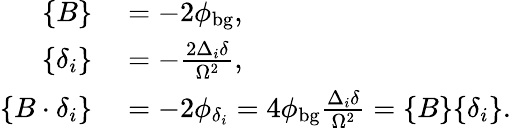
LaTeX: \begin{array}{rl}{\{ B\} }&{{}=-2\phi_{\mathrm{bg}},}\\ {\{ \delta_{i}\} }&{{}=-\frac{2\Delta_{i}\delta}{\Omega^{2}},}\\ {\{ B\cdot\delta_{i}\} }&{{}=-2\phi_{\delta_{i}}=4\phi_{\mathrm{bg}}\frac{\Delta_{i}\delta}{\Omega^{2}}=\{ B\} \{ \delta_{i}\} .}\end{array}